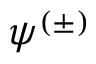
\psi ^ { ( \pm ) }